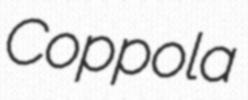
Coppola